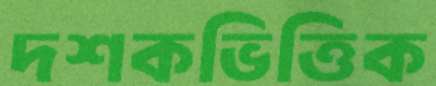
দশকভিত্তিক